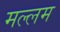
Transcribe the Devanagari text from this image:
मल्लम